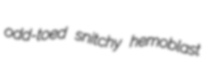
odd-toed snitchy hemoblast